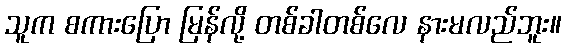
သူက စကားပြော မြန်လို့ တစ်ခါတစ်လေ နားမလည်ဘူး။